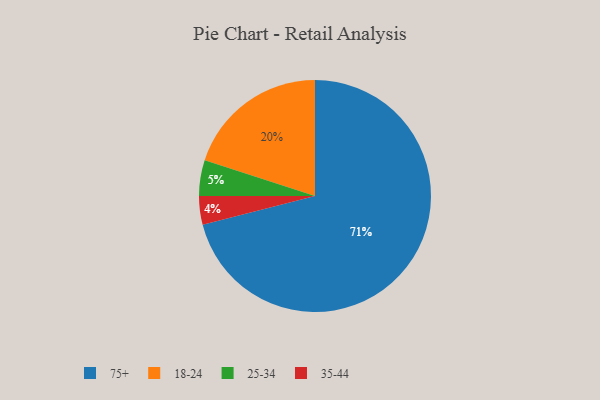
{"axis": {"x": "Category", "y": "Percentage"}, "legend": ["18-24", "25-34", "35-44", "75+"], "data": [{"x": "35-44", "y": 4, "type": "35-44"}, {"x": "18-24", "y": 20, "type": "18-24"}, {"x": "75+", "y": 71, "type": "75+"}, {"x": "25-34", "y": 5, "type": "25-34"}]}